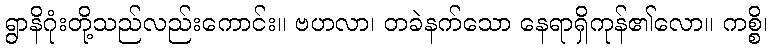
ရွာနိဂုံးတို့သည်လည်းကောင်း။ ဗဟလာ၊ တခဲနက်သော နေရာရှိကုန်၏လော။ ကစ္စိ၊